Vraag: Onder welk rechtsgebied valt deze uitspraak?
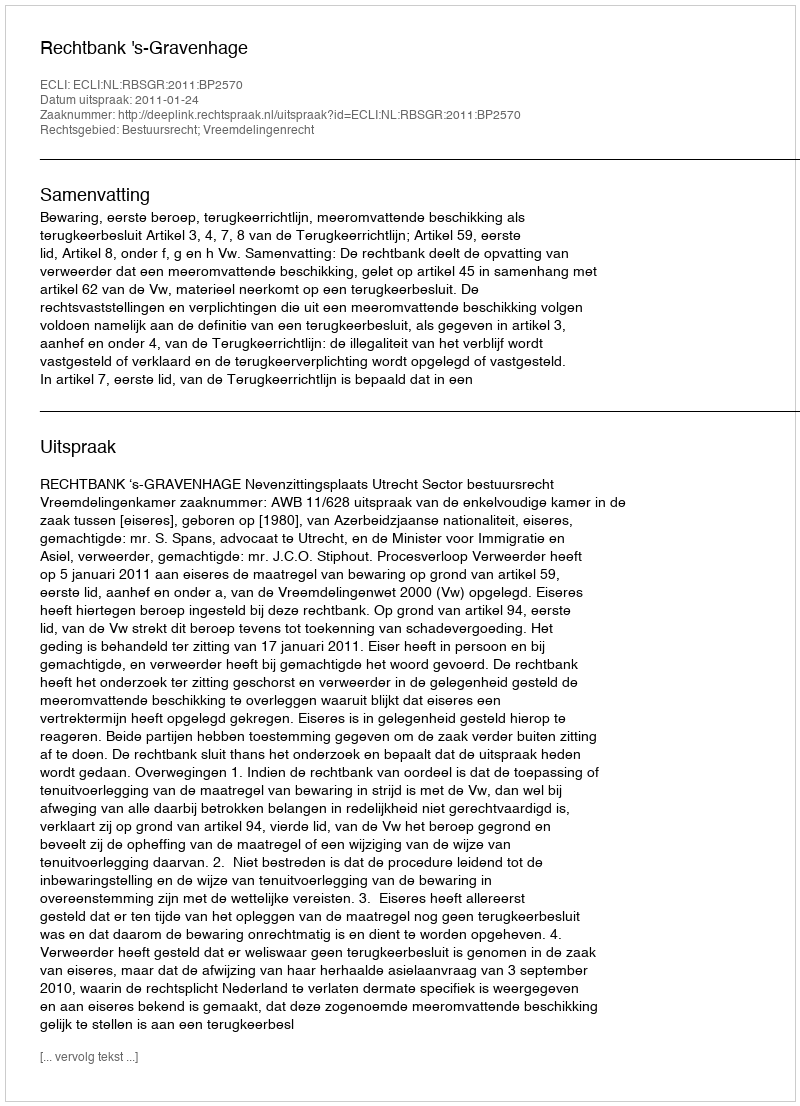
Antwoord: Bestuursrecht; Vreemdelingenrecht